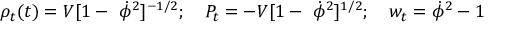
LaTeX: \rho _ { t } ( t ) = V [ 1 - \ \dot { \phi } ^ { 2 } ] ^ { - 1 / 2 } ; \quad P _ { t } = - V [ 1 - \ \dot { \phi } ^ { 2 } ] ^ { 1 / 2 } ; \quad w _ { t } = \dot { \phi } ^ { 2 } - 1